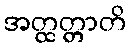
အတ္ထတ္တာတိ